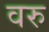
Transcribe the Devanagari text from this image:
वरु